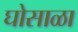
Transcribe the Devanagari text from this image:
घोसाळा